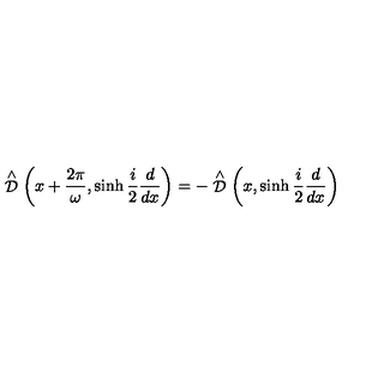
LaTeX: \stackrel { \wedge } { \cal D } \left( x + \frac { 2 \pi } { \omega } , \sinh \frac { i } { 2 } \frac { d } { d x } \right) = - \stackrel { \wedge } { \cal D } \left( x , \sinh \frac { i } { 2 } \frac { d } { d x } \right)